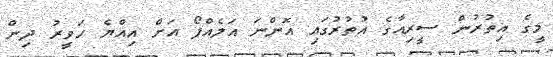
މީގެ އިތުރުން ސީރިއާގެ އުތުރުގައި އޮންނަ އަލެއްޕޯ އަށް އިއްޔެ ހަވީރު ދިން